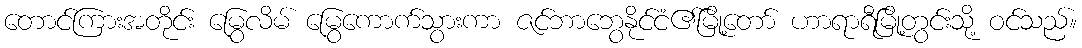
တောင်ကြားအတိုင်း မြွေလိမ် မြွေကောက်သွားကာ ဇင်ဘာဘွေနိုင်ငံ၏မြို့တော် ဟာရာရီမြို့တွင်းသို့ ဝင်သည်။